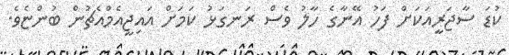
ކުޑަ ސާޖަރީއަކަށް ފަހު އޭނާގެ ހާލު ވެސް ރަނގަޅު ކަމަށް އައިޖީއެމްއެޗުން ބުންޏެވެ.